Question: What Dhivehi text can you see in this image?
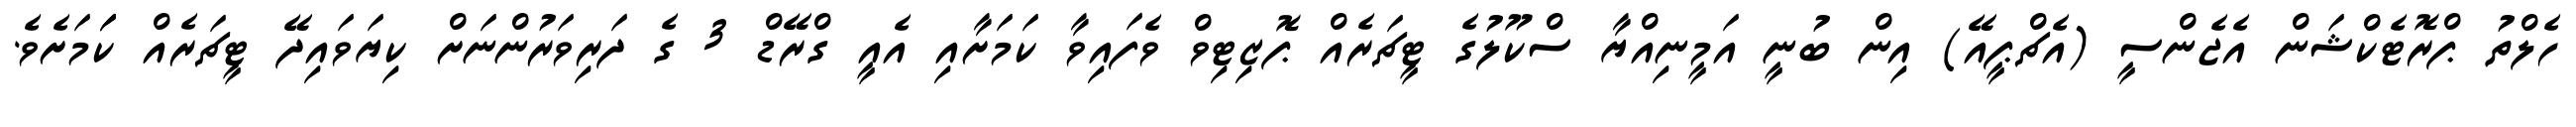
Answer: ހެލްތު ޕްރޮޓެކްޝަން އެޖެންސީ (އެޗްޕީއޭ) އިން ބުނީ އަމީނިއްޔާ ސްކޫލުގެ ޓީޗަރެއް ޕޮޒިޓިވް ވެފައިވާ ކަމަށާއި އެއީ ގްރޭޑް 3 ގެ ދަރިވަރުންނަށް ކިޔަވައިދޭ ޓީޗަރެއް ކަަމަށެވެ.